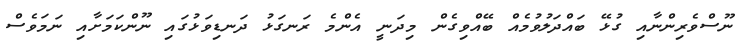
ނޫސްވެރިންނާއި ގުޅޭ ބައްދަލުވުމެއް ބޭއްވިގެން މިދަނީ އެންމެ ރަނގަޅު ދަނޑިވަޅުގައި ނޫންކަމަށާއި ނަމަވެސް